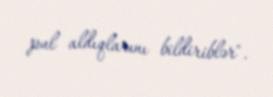
pul aldıqlarını bildiriblər".